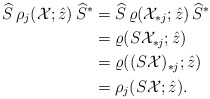
\begin{align*} \widehat{S}\,\rho_{j}(\mathcal{X}; \hat{z})\,\widehat{S}^{*} &= \widehat{S}\,\varrho(\mathcal{X}_{*j}; \hat{z})\,\widehat{S}^{*} \\ &= \varrho(S\mathcal{X}_{*j}; \hat{z}) \\ &= \varrho((S\mathcal{X})_{*j}; \hat{z}) \\ &= \rho_{j}(S\mathcal{X}; \hat{z}). \end{align*}